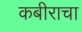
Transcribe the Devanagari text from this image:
कबीराचा